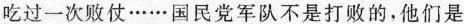
吃过一次败仗······国民党军队不是打败的，他们是